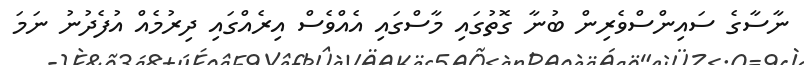
ނާސާގެ ސައިންސްވެރިން ބުނާ ގޮތުގައި މާސްގައި އެއްވެސް އިރެއްގައި ދިރުމެއް އުފެދުނު ނަމަ